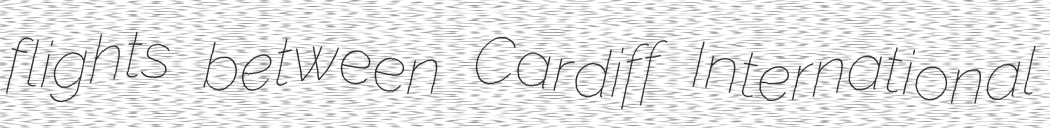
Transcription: flights between Cardiff International